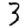
Digit: 3